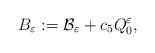
LaTeX: \begin{align*}B_\varepsilon := {\mathcal B}_\varepsilon + c_5 Q_0^\varepsilon,\end{align*}